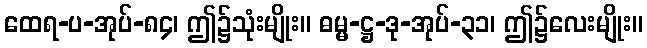
ထေရ-ပ-အုပ်-၈၄၊ ဤ၌သုံးမျိုး။ ဓမ္မ-ဋ္ဌ-ဒု-အုပ်-၃၁၊ ဤ၌လေးမျိုး။